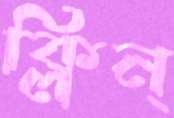
ক্লিন্